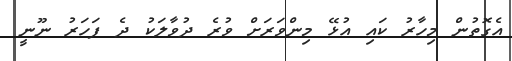
އެގޮތުން މިހާރު ކައި އުޅޭ މިންވަރަށް ވުރެ ދުވާލަކު ދެ ފަހަރު ނޫނީ